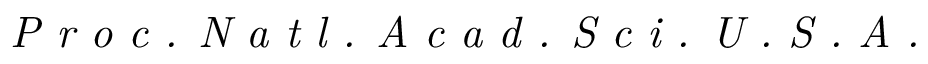
\textit { P r o c . N a t l . A c a d . S c i . U . S . A . }